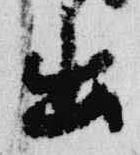
出